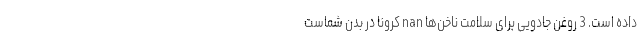
داده است. 3 روغن جادویی برای سلامت ناخن‌ها nan کرونا در بدن شماست